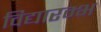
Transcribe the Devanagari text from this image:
विद्यारम्भ